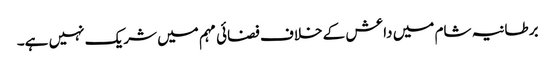
برطانیہ شام میں داعش کے خلاف فضائی مہم میں شریک نہیں ہے۔